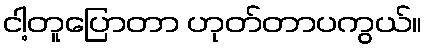
ငါ့တူပြောတာ ဟုတ်တာပကွယ်။